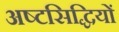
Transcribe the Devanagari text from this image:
अष्टसिद्धियों